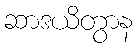
ဆာဒယိတွာန